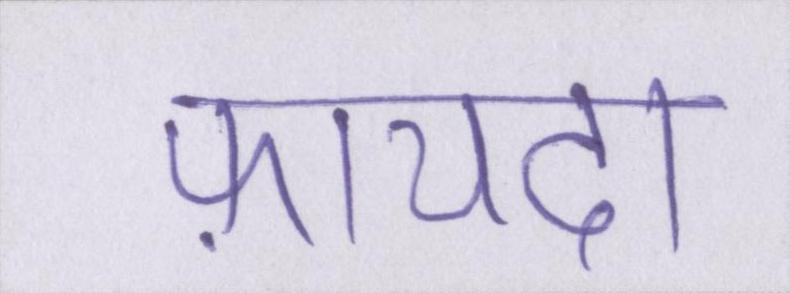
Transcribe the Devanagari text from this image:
फ़ायदा